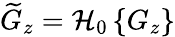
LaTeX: \widetilde{G}_{z}=\mathcal{H}_{0}\left\{ G_{z}\right\}